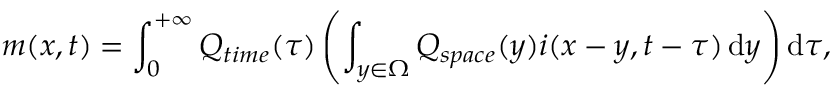
m ( x , t ) = \int _ { 0 } ^ { + \infty } Q _ { t i m e } ( \tau ) \left( \int _ { y \in \Omega } Q _ { s p a c e } ( y ) i ( x - y , t - \tau ) \mathop { } \! \mathrm { d } y \right) \mathop { } \! \mathrm { d } \tau ,